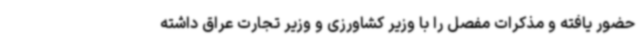
حضور یافته و مذکرات مفصل را با وزیر کشاورزی و وزیر تجارت عراق داشته